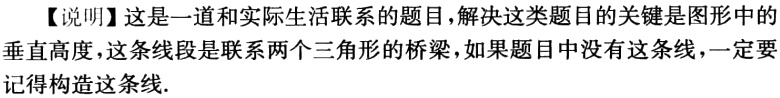
【说明】这是一道和实际生活联系的题目，解决这类题目的关键是图形中的垂直高度，这条线段是联系两个三角形的桥梁，如果题目中没有这条线，一定要记得构造这条线.